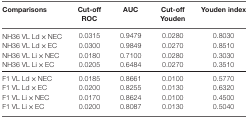
| Comparisons | Cut-off ROC | AUC | Cut-off Youden | Youden index |
 | --- | --- | --- | --- | --- |
 | NH36 VL Ld × NEC | 0.0315 | 0.9479 | 0.0280 | 0.8030 |
 | NH36 VL Ld × EC | 0.0300 | 0.9849 | 0.0270 | 0.8510 |
 | NH36 VL Li × NEC | 0.0180 | 0.7100 | 0.0280 | 0.3030 |
 | NH36 VL Li × EC | 0.0205 | 0.6484 | 0.0270 | 0.3510 |
 | F1 VL Ld × NEC | 0.0185 | 0.8661 | 0.0100 | 0.5770 |
 | F1 VL Ld × EC | 0.0200 | 0.8255 | 0.0130 | 0.6320 |
 | F1 VL Li × NEC | 0.0170 | 0.8624 | 0.0100 | 0.4500 |
 | F1 VL Li × EC | 0.0200 | 0.8087 | 0.0130 | 0.5040 |